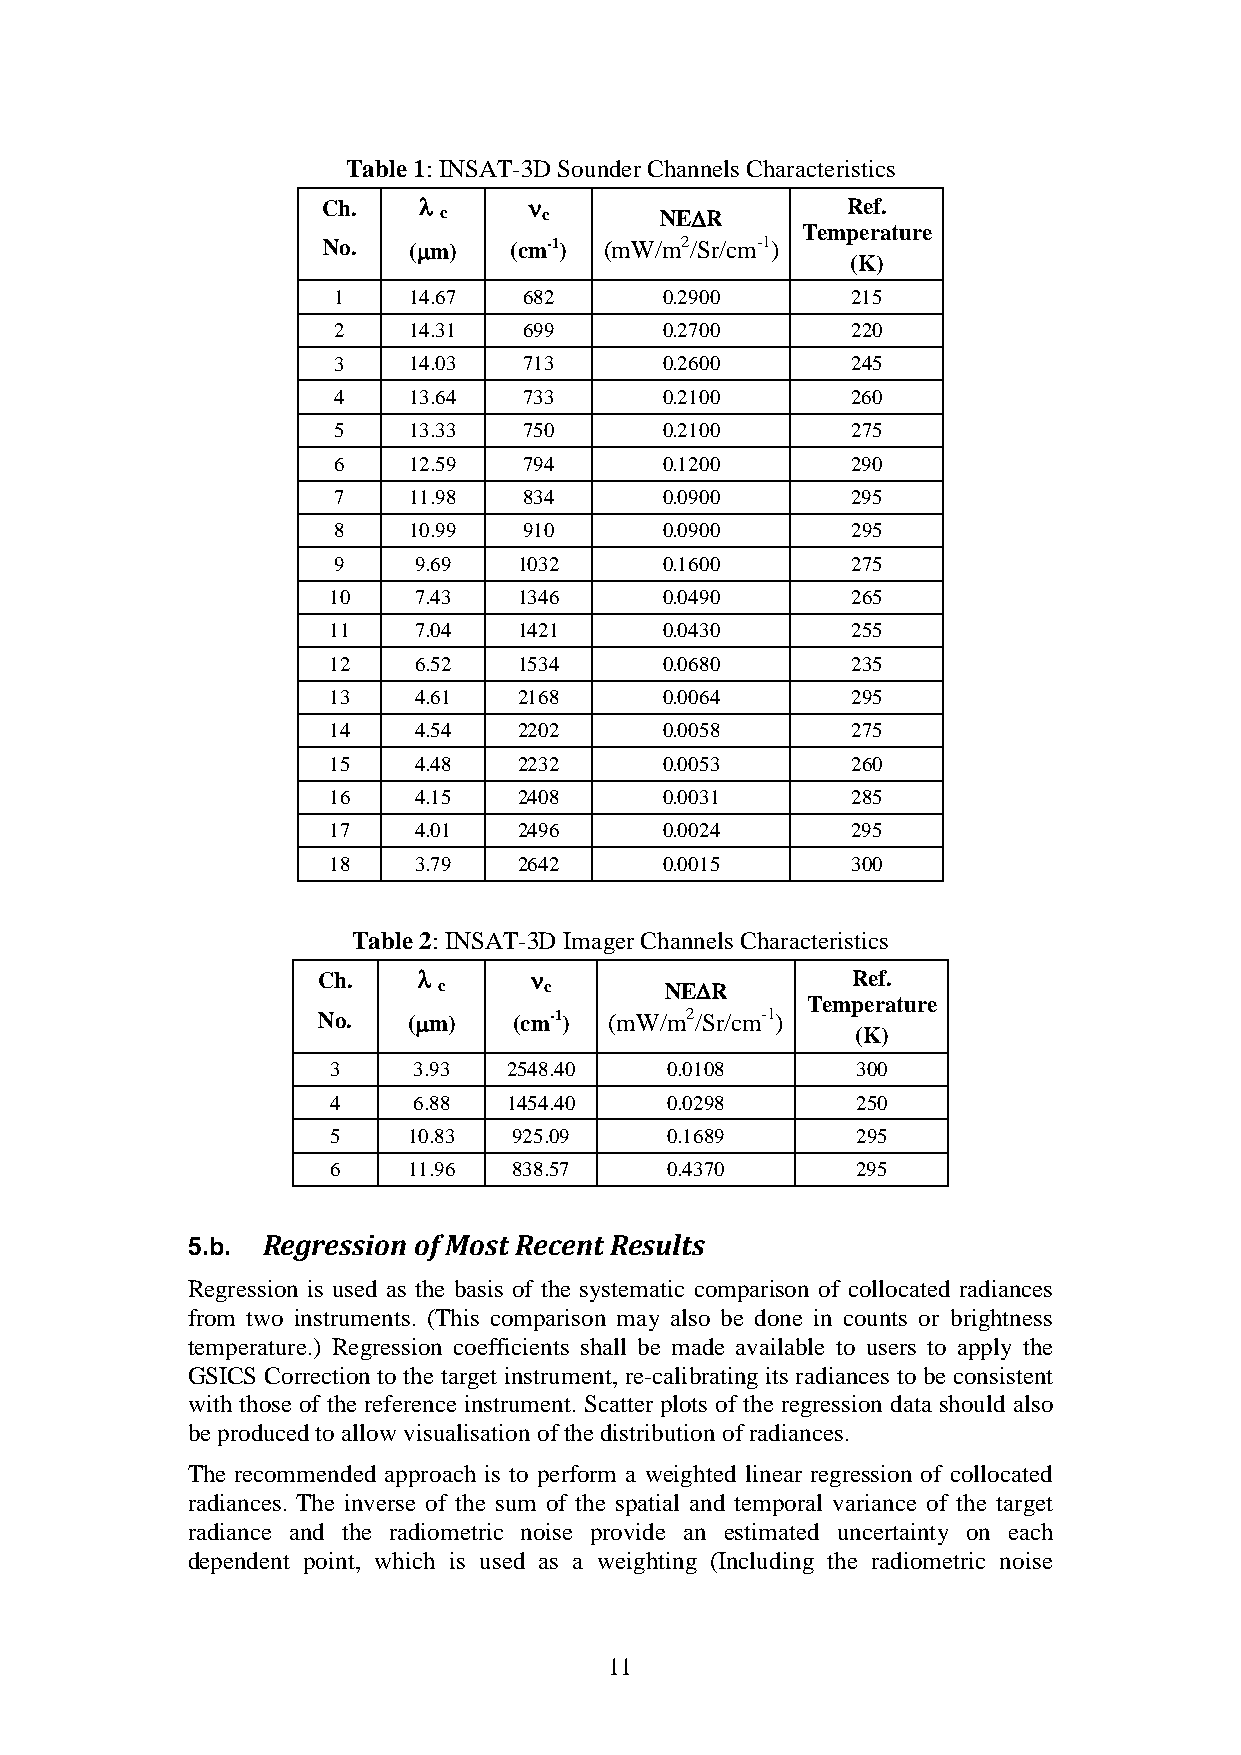
Table 1: INSAT-3D Sounder Channels Characteristics
 Ch.    λ      ν                    Ref.
 c      c       NE∆R
 Temperature
 No.   (µm)   (cm-1) (mW/m2/Sr/cm-1)
 (K)
 1    14.67   682      0.2900      215
 2    14.31   699      0.2700      220
 3    14.03   713      0.2600      245
 4    13.64   733      0.2100      260
 5    13.33   750      0.2100      275
 6    12.59   794      0.1200      290
 7    11.98   834      0.0900      295
 8    10.99   910      0.0900      295
 9    9.69   1032      0.1600      275
 10   7.43   1346      0.0490      265
 11   7.04   1421      0.0430      255
 12   6.52   1534      0.0680      235
 13   4.61   2168      0.0064      295
 14   4.54   2202      0.0058      275
 15   4.48   2232      0.0053      260
 16   4.15   2408      0.0031      285
 17   4.01   2496      0.0024      295
 18   3.79   2642      0.0015      300
 Table 2: INSAT-3D Imager Channels Characteristics
 Ch.    λ      ν                    Ref.
 c      c       NE∆R
 Temperature
 No.   (µm)   (cm-1) (mW/m2/Sr/cm-1)
 (K)
 3    3.93   2548.40   0.0108       300
 4    6.88   1454.40   0.0298       250
 5    10.83  925.09    0.1689       295
 6    11.96  838.57    0.4370       295
 Regression of Most Recent Results
 5.b.
 Regression is used as the basis of the systematic comparison of collocated radiances
 from two instruments. (This comparison may also be done in counts or brightness
 temperature.) Regression coefficients shall be made available to users to apply the
 GSICS Correction to the target instrument, re-calibrating its radiances to be consistent
 with those of the reference instrument. Scatter plots of the regression data should also
 be produced to allow visualisation of the distribution of radiances.
 The recommended approach is to perform a weighted linear regression of collocated
 radiances. The inverse of the sum of the spatial and temporal variance of the target
 radiance and the radiometric noise provide an estimated uncertainty on each
 dependent point, which is used as a weighting (Including the radiometric noise
 11